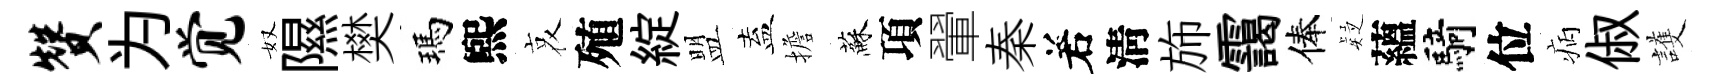
赞为觉奴隰樊瑪煕哀殖綻盟盍擔蘇項翬秦𠰥淸斾靄俸疑蘊騎位病俶護